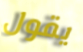
يقول